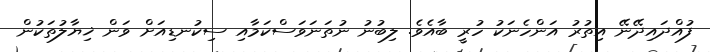
ފުއްދައިދޭނޭ އިތުރު އަންހެނަކު ހުރީ ބާއެވެ. ލިބުނު ނުތަނަވަސްކަމާއި ސިކުނޑިއަށް ވަން ޚިޔާލުތަކުން